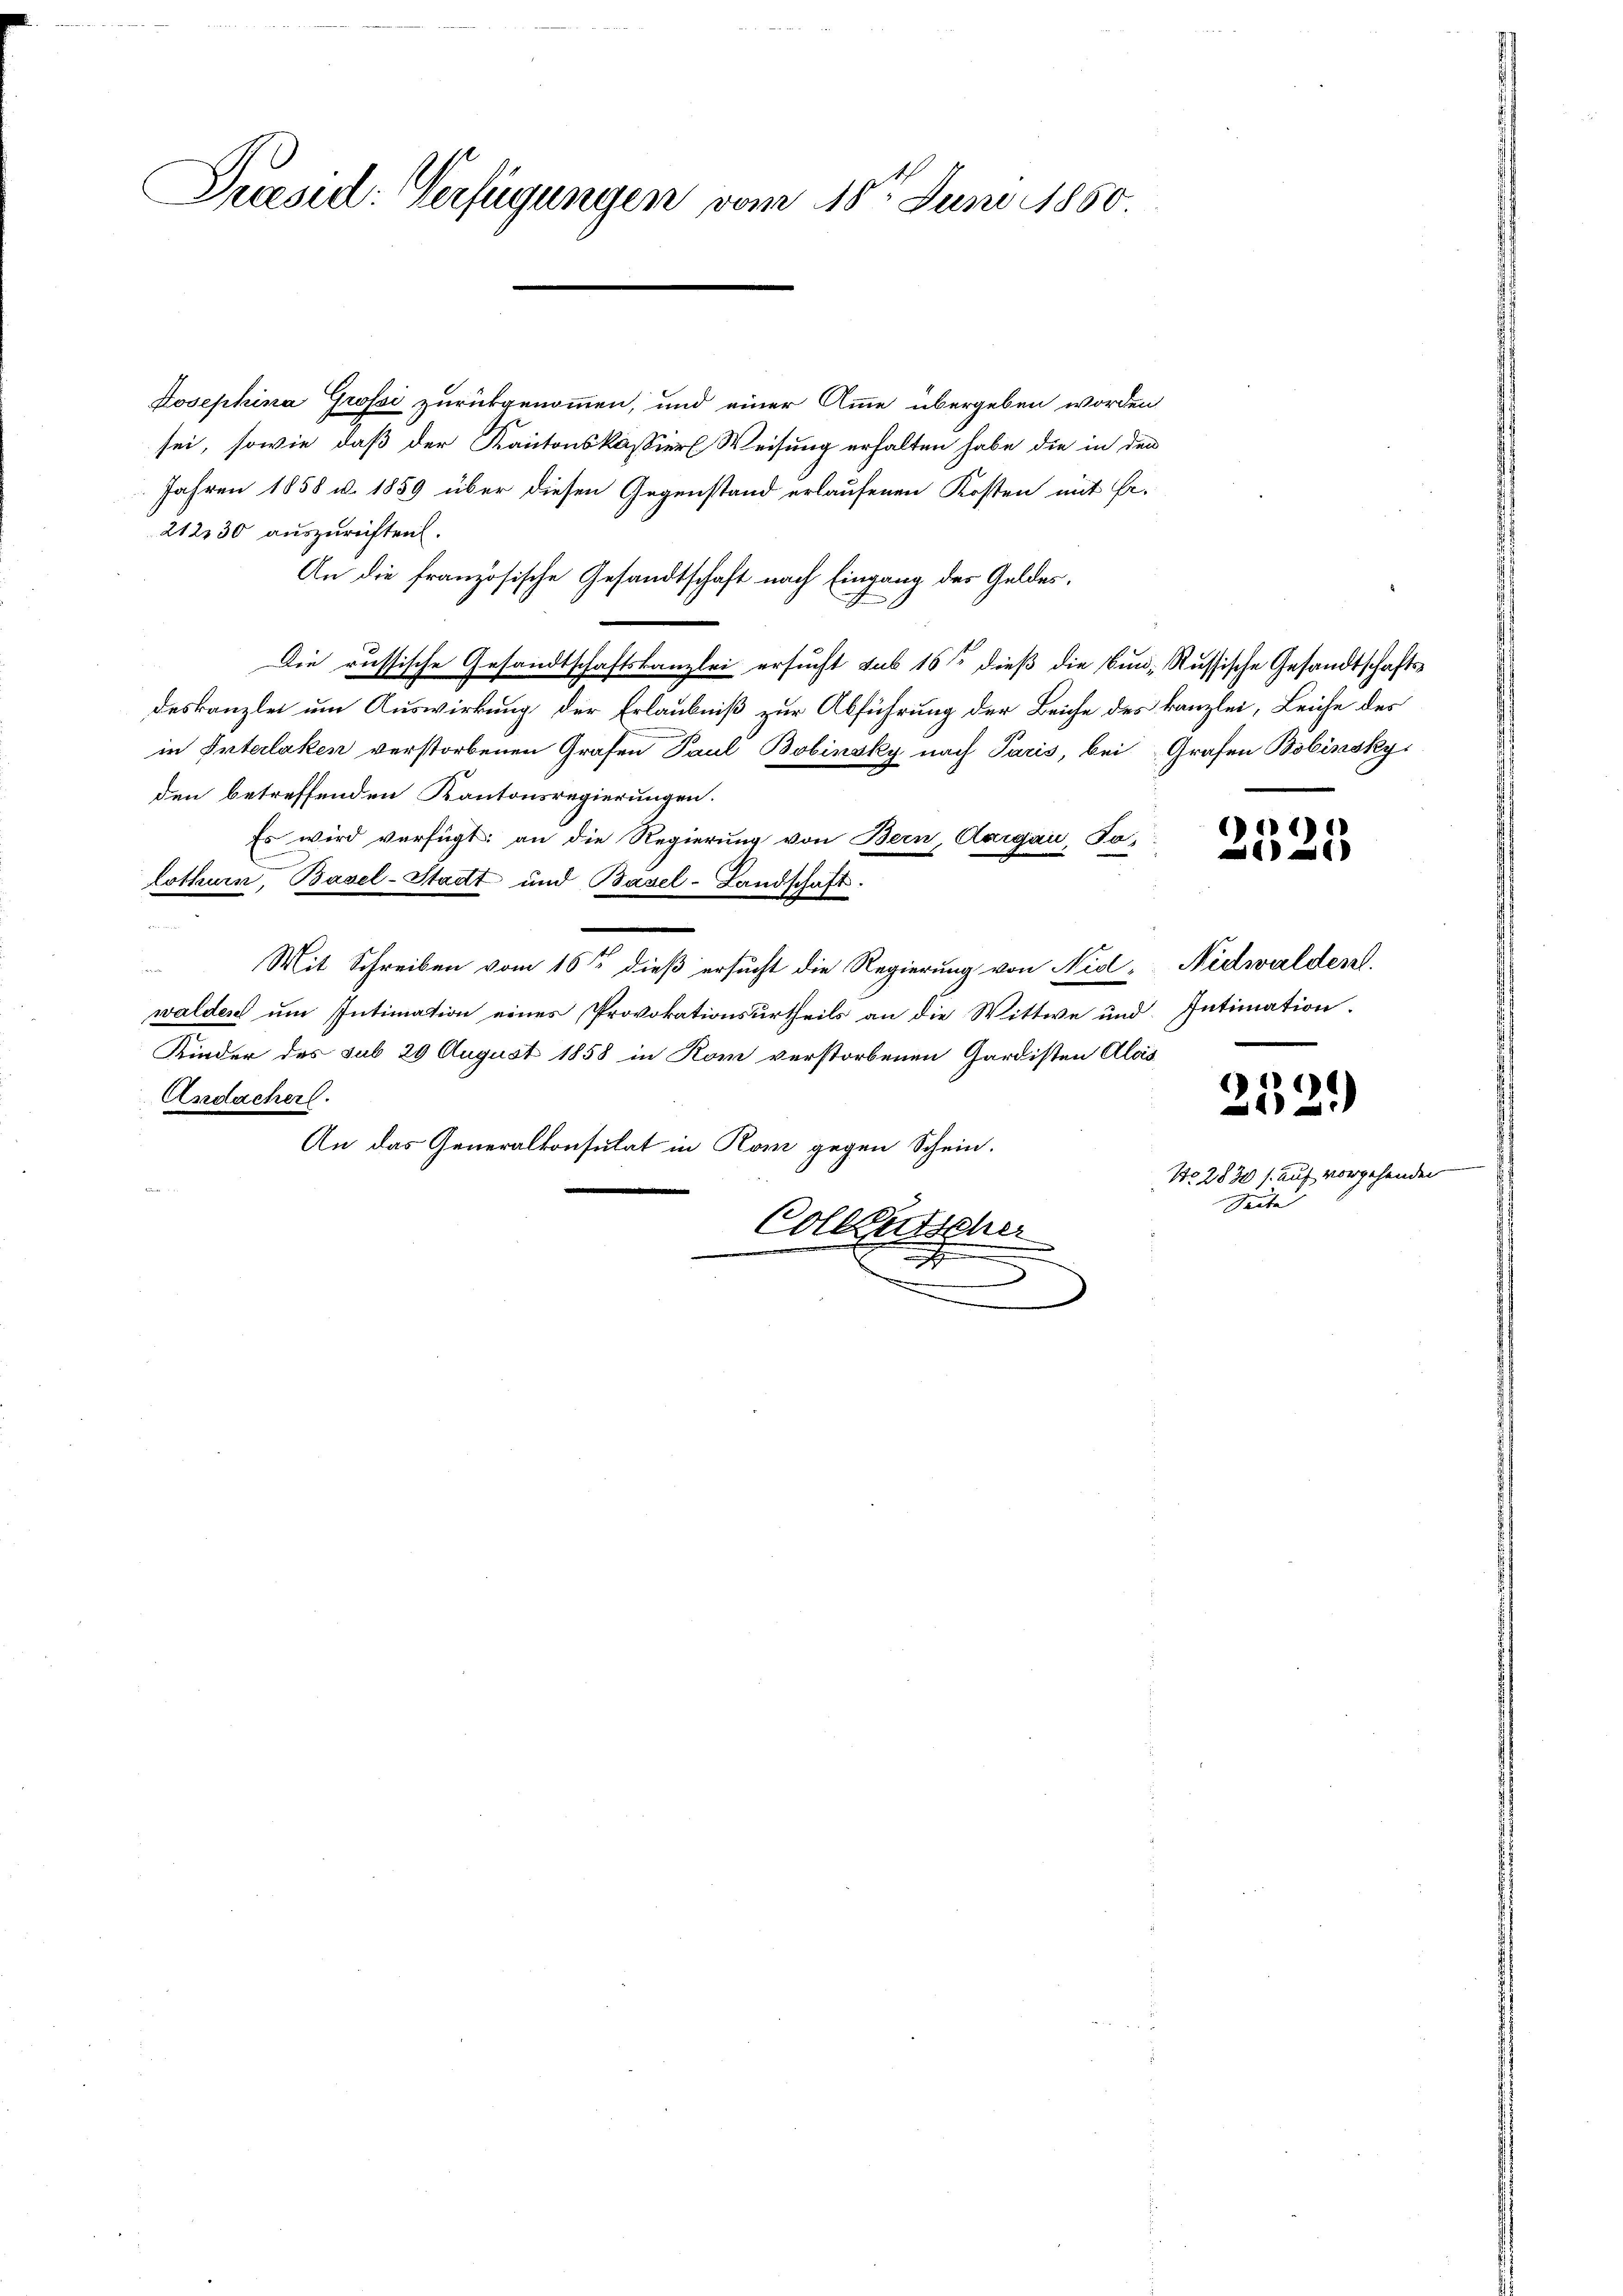
Praesid: Verfügungen vom 18ten Juni 1860.

Josephina Grossi zurückgenommen, und einer Amme übergeben worden
sei, sowie daß der Kantonskassier Weisung erhalten habe, die in den
Jahren 1858 u. 1859 über diesen Gegenstand erlaufenen Kosten mit Er.
212130 auszurechten.
An die französische Gesandtschaft nach Eingang des Geldes.
Die russische Gesandtschaftskanzlei ersucht sub 16t dieß die Bun- Russische Gesandtschafts-
deskanzlei um Auswirkung der Erlaubniß zur Abführung der Beiche des kanzlei, Leiche des
in Interlaken verstorbenen Grafen Paul Bobinsky nach Paris, bei Grafen Bobinsky,
den betreffenden Kantonsregierungen.
Es wird verfügt: an die Regierung von Bern, Aargau, So-
Lothurn, Basel-Stadt und Basel-Landschaft.
Mit Schreiben vom 16ten dieß ersucht die Regierung von Niel- Nidwalden.
u
walden um Intimation eines Provokationsurtheils an die Wittwe und Intimation.
Kinder des sub 29 August 1858 in Rom verstorbenen Gardisten Alois
)
Andachers.
An das Generalkonsulat in Rom gegen Schein.
Seite
Collentar
)

1)
)

.
2

No. 2830 s. auf vorgehenden